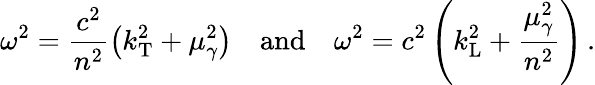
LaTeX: \omega^{2}=\frac{c^{2}}{n^{2}}\left(k_{\mathrm{T}}^{2}+\mu_{\gamma}^{2}\right)\quad\mathrm{and}\quad\omega^{2}=c^{2}\left(k_{\mathrm{L}}^{2}+\frac{\mu_{\gamma}^{2}}{n^{2}}\right)\, .